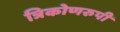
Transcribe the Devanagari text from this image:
त्रिकोणरुपी